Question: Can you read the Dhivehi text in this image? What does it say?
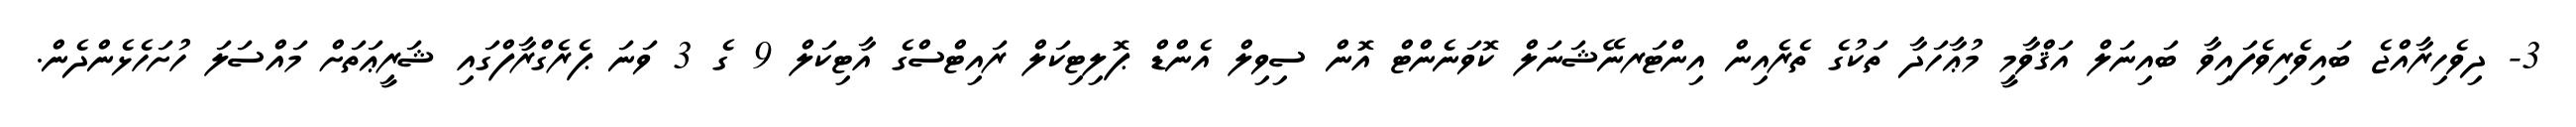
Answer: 3- ދިވެހިރާއްޖެ ބައިވެރިވެފައިވާ ބައިނަލް އަޤްވާމީ މުޢާހަދާ ތަކުގެ ތެރެއިން އިންޓަރނޭޝަނަލް ކޮވަނެންޓް އޮން ސިވިލް އެންޑް ޕޮލިޓިކަލް ރައިޓްސްގެ އާޓިކަލް 9 ގެ 3 ވަނަ ޕެރެގްރާފްގައި ޝަރީޢަތަށް މައްސަލަ ހުށަހެޅެންދެން.